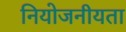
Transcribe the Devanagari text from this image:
नियोजनीयता